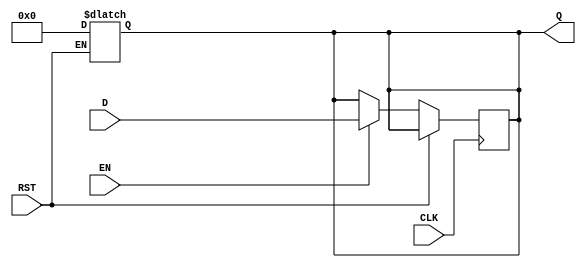
module stage_register #(
    parameter WIDTH = 8  // Parameter to define the bit-width of the register
)(
    input wire [WIDTH-1:0] D,     // Data Input
    input wire CLK,                 // Clock
    input wire RST,                 // Reset
    input wire EN,                  // Enable
    output reg [WIDTH-1:0] Q        // Data Output
);

    // Asynchronous Reset
    always @(*) begin
        if (RST) begin
            Q <= {WIDTH{1'b0}};      // Set output to 0 on reset
        end
    end

    // Sequential Logic for Data Storage
    always @(posedge CLK) begin
        if (!RST) begin
            if (EN) begin
                Q <= D;              // Latch data on clock edge if enabled
            end
            // If EN is not asserted, retain previous value of Q
        end
    end

endmodule